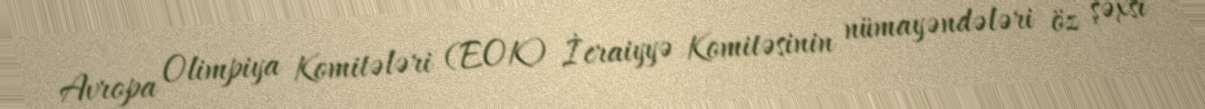
Avropa Olimpiya Komitələri (EOK) İcraiyyə Komitəsinin nümayəndələri öz şəxsi